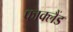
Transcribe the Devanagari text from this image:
फाक्लैंड